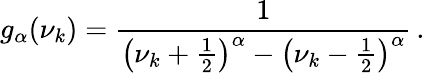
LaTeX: g_{\alpha}(\nu_{k})=\frac{1}{\left(\nu_{k}+\frac{1}{2}\right)^{\alpha}-\left(\nu_{k}-\frac{1}{2}\right)^{\alpha}}\, .